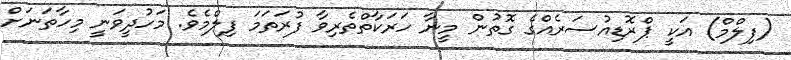
(ފިލްމް) އަކީ ޕްރޮޑިއުސަރެއްގެ ގޮތުން މީނާ ހަރަކާތްތެރިވާ ފުރަތަމަ ފިލްމެވެ. މަހުދީވަނީ މިހާތަނަށް